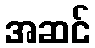
အဆင်